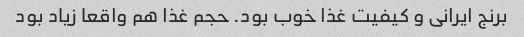
برنج ایرانی و کیفیت غذا خوب بود. حجم غذا هم واقعا زیاد بود